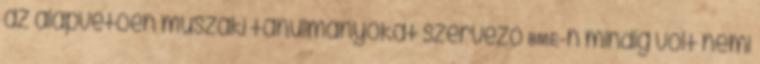
az alapvetően műszaki tanulmányokat szervező BME-n mindig volt némi